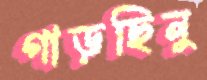
গাড়ছিনু